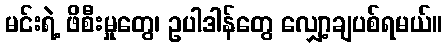
မင်းရဲ့ ဖိစီးမှုတွေ၊ ဥပါဒါန်တွေ လျှော့ချပစ်ရမယ်။